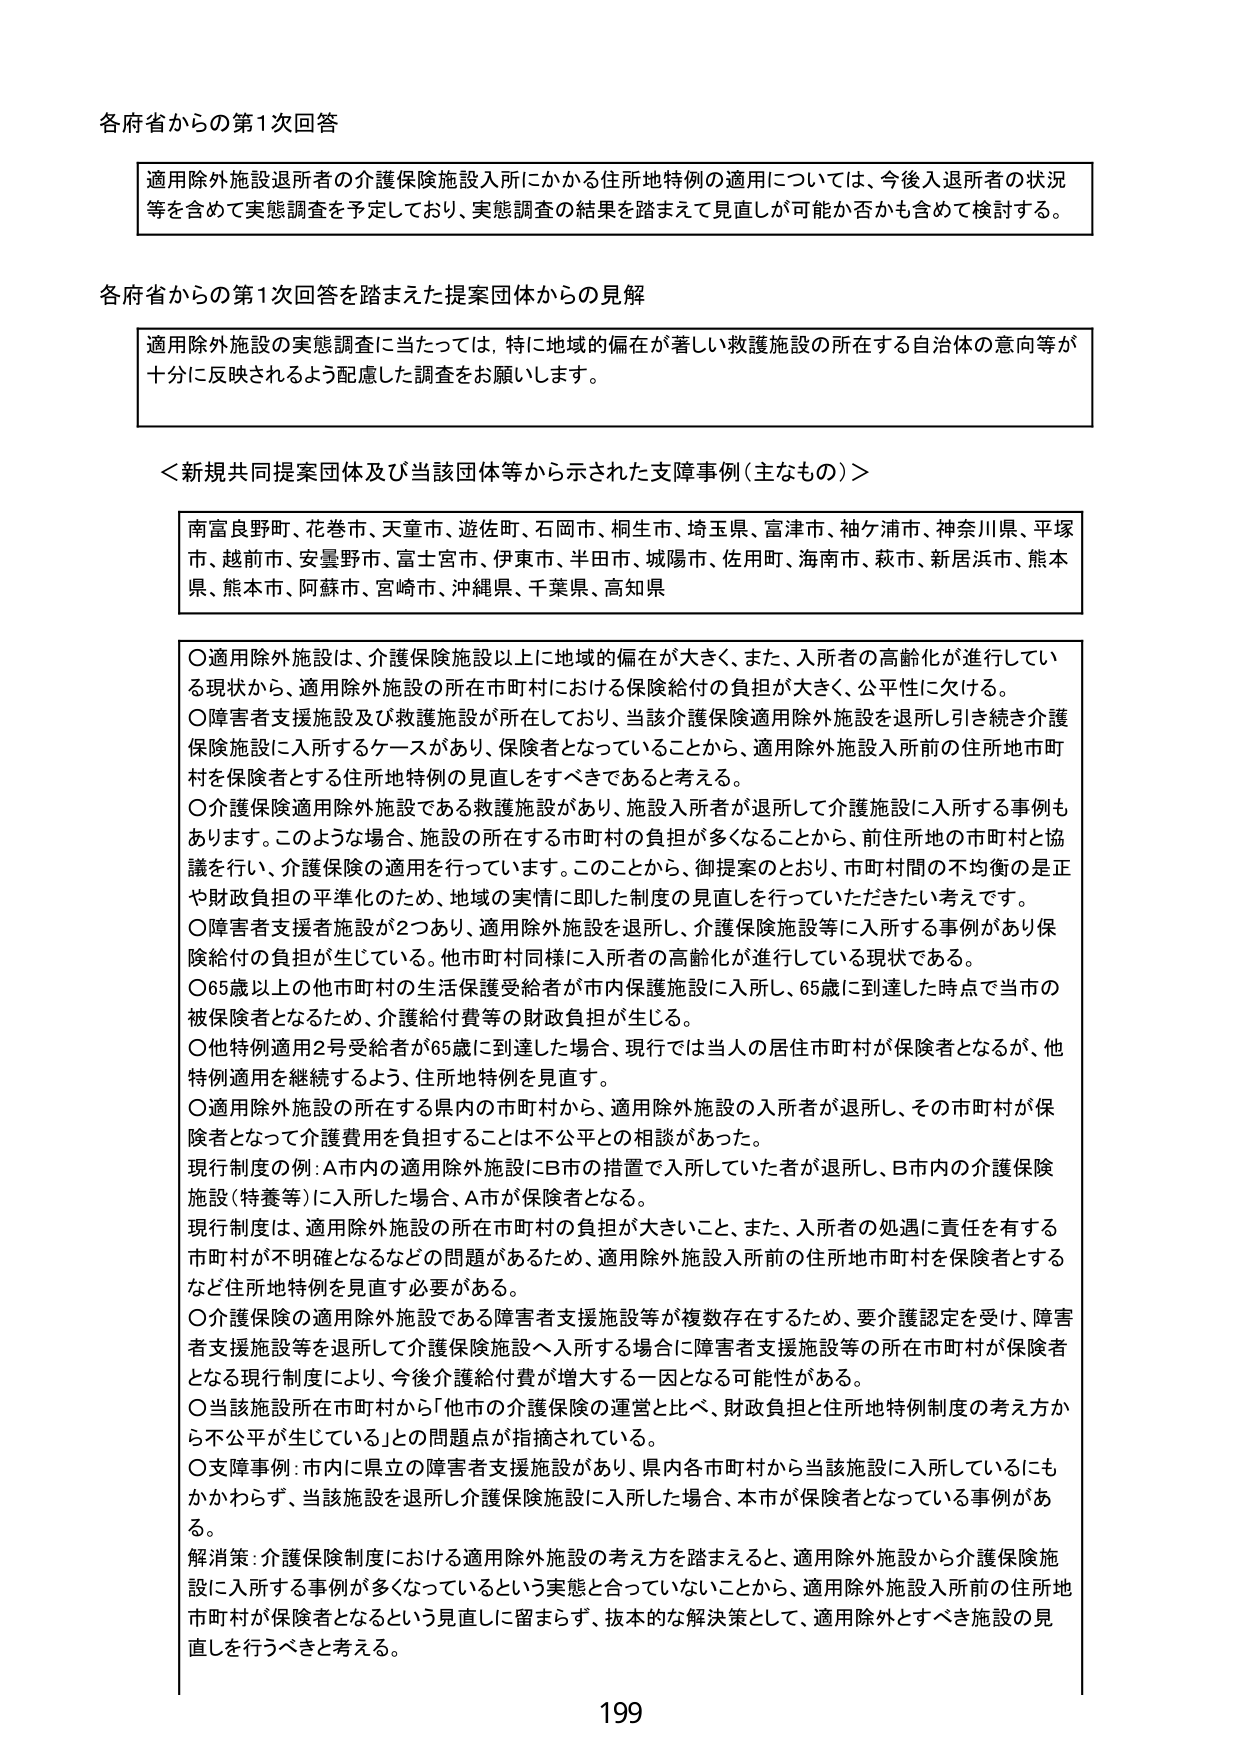
各府省からの第1次回答

適用除外施設退所者の介護保険施設入所にかかる住所地特例の適用については、今後入退所者の状況等を含めて実態調査を予定しており、実態調査の結果を踏まえて見直しが可能か否かも含めて検討する。

各府省からの第1次回答を踏まえた提案団体からの見解

適用除外施設の実態調査に当たっては、特に地域の偏在が著しい救護施設の所在する自治体の意向等が十分に反映されるよう配慮した調査をお願いします。

＜新規共同提案団体及び当該団体等から示された支障事例（主なもの）＞

南富良野町、花巻市、天童市、遊佐町、石岡市、桐生市、埼玉県、富津市、袖ケ浦市、神奈川県、平塚市、越前市、安曇野市、富士宮市、伊東市、半田市、城陽市、佐用町、海南市、萩市、新居浜市、熊本県、熊本市、阿蘇市、宮崎市、沖縄県、千葉県、高知県

○適用除外施設は、介護保険施設以上に地域の偏在が大きく、また、入所者の高齢化が進行している現状から、適用除外施設の所在市町村における保険給付の負担が大きく、公平性に欠ける。
○障害者支援施設及び救護施設が所在しており、当該介護保険適用除外施設を退所し引き続き介護保険施設に入所するケースがあり、保険者となっていることから、適用除外施設入所前の住所地市町村を保険者とする住所地特例の見直しをすべきであると考える。
○介護保険適用除外施設である救護施設があり、施設入所者が退所して介護施設に入所する事例もあります。このような場合、施設の所在する市町村の負担が多くなることから、前住所地の市町村と協議を行い、介護保険の適用を行っています。このことから、御提案のとおり、市町村間の不均衡の是正や財政負担の平準化のため、地域の実情に即した制度の見直しを行っていただきたい考えです。
○障害者支援施設が2つあり、適用除外施設を退所し、介護保険施設等に入所する事例があり保険給付の負担が生じている。他市町村同様に入所者の高齢化が進行している現状である。
○65歳以上の他市町村の生活保護受給者が市内保護施設に入所し、65歳に到達した時点で当市の被保険者となるため、介護給付費等の財政負担が生じる。
○他特例適用2号受給者が65歳に到達した場合、現行では当人の居住市町村が保険者となるが、他特例適用を継続するよう、住所地特例を見直す。
○適用除外施設の所在する県内の市町村から、適用除外施設の入所者が退所し、その市町村が保険者となって介護費用を負担することは不公平との相談があった。
現行制度の例：A市内の適用除外施設にB市の措置で入所していた者が退所し、B市内の介護保険施設（特養等）に入所した場合、A市が保険者となる。
現行制度は、適用除外施設の所在市町村の負担が大きいこと、また、入所者の処遇に責任を有する市町村が不明確となるなどの問題があるため、適用除外施設入所前の住所地市町村を保険者とするなど住所地特例を見直す必要がある。
○介護保険の適用除外施設である障害者支援施設等が複数存在するため、要介護認定を受け、障害者支援施設等を退所して介護保険施設へ入所する場合に障害者支援施設等の所在市町村が保険者となる現行制度により、今後介護給付費が増大する一因となる可能性がある。
○当該施設所在市町村から「他市の介護保険の運営と比べ、財政負担と住所地特例制度の考え方から不公平が生じている」との問題点が指摘されている。
○支障事例：市内に県立の障害者支援施設があり、県内各市町村から当該施設に入所しているにもかかわらず、当該施設を退所し介護保険施設に入所した場合、本市が保険者となっている事例がある。
解消策：介護保険制度における適用除外施設の考え方を踏まえると、適用除外施設から介護保険施設に入所する事例が多くなっているという実態と合っていないことから、適用除外施設入所前の住所地市町村が保険者となるという見直しに留まらず、抜本的な解決策として、適用除外とすべき施設の見直しを行うべきと考える。

199